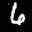
Label: 6